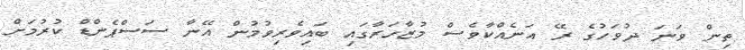
ތިން ވަނަ ދުވަހުގެ ރޭ އަނެއްކާވެސް މުޒާހަރާގައި ބައިވެރިވުމުން އޭނާ ސަސްޕެންޑް ކުރުމަށް